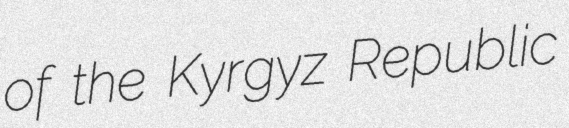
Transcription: of the Kyrgyz Republic